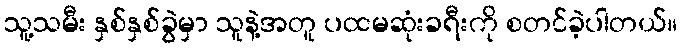
သူ့သမီး နှစ်နှစ်ခွဲမှာ သူနဲ့အတူ ပထမဆုံးခရီးကို စတင်ခဲ့ပါတယ်။